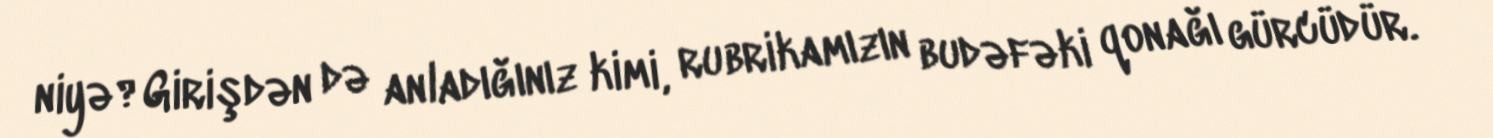
niyə?Girişdən də anladığınız kimi, rubrikamızın budəfəki qonağı gürcüdür.